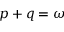
p + q = \omega